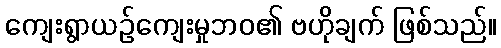
ကျေးရွာယဉ်ကျေးမှုဘဝ၏ ဗဟိုချက် ဖြစ်သည်။